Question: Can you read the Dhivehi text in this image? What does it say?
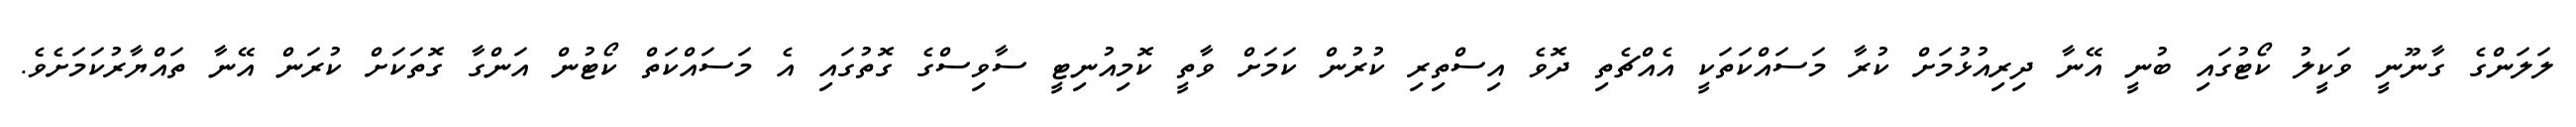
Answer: ލަލަންގެ ގާނޫނީ ވަކީލު ކޯޓުގައި ބުނީ އޭނާ ދިރިއުޅުމަށް ކުރާ މަސައްކަތަކީ އެއްޗެތި ދޮވެ އިސްތިރި ކުރުން ކަމަށް ވާތީ ކޮމިއުނިޓީ ސާވިސްގެ ގޮތުގައި އެ މަސައްކަތް ކޯޓުން އަންގާ ގޮތަކަށް ކުރަން އޭނާ ތައްޔާރުކަމަށެވެ.